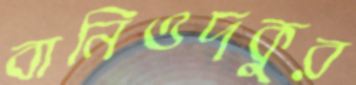
বানিওদকুর